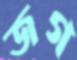
জগ